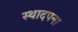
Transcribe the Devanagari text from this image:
स्थादपना